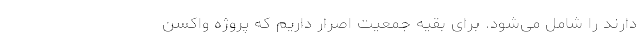
دارند را شامل می‌شود. برای بقیه جمعیت اصرار داریم که پروژه واکسن